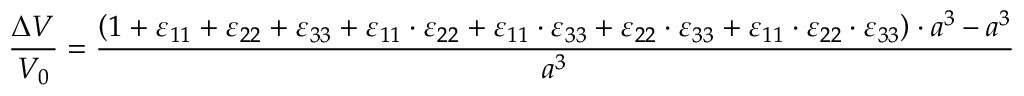
{ \frac { \Delta V } { V _ { 0 } } } = { \frac { \left( 1 + \varepsilon _ { 1 1 } + \varepsilon _ { 2 2 } + \varepsilon _ { 3 3 } + \varepsilon _ { 1 1 } \cdot \varepsilon _ { 2 2 } + \varepsilon _ { 1 1 } \cdot \varepsilon _ { 3 3 } + \varepsilon _ { 2 2 } \cdot \varepsilon _ { 3 3 } + \varepsilon _ { 1 1 } \cdot \varepsilon _ { 2 2 } \cdot \varepsilon _ { 3 3 } \right) \cdot a ^ { 3 } - a ^ { 3 } } { a ^ { 3 } } }